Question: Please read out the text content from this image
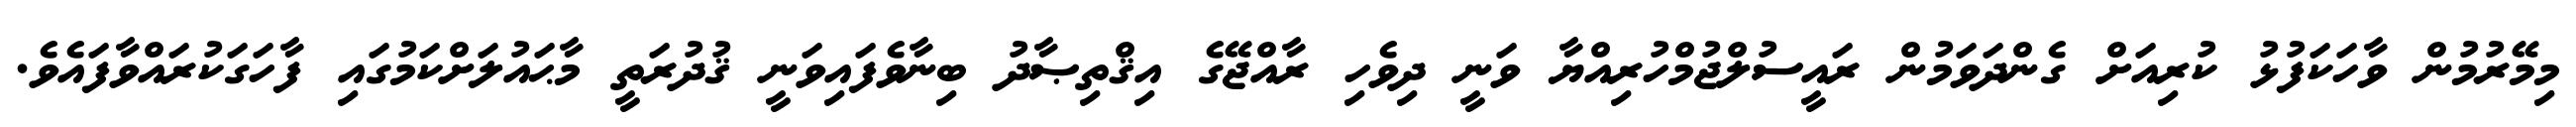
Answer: މިމޭރުމުން ވާހަކަފުޅު ކުރިއަށް ގެންދަވަމުން ރައީސުލްޖުމްހުރިއްޔާ ވަނީ ދިވެހި ރާއްޖޭގެ އިޤްތިޞާދު ބިނާވެފައިވަނީ ޤުދުރަތީ މާޙައުލަށްކަމުގައި ފާހަގަކުރައްވާފައެވެ.